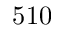
5 1 0